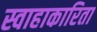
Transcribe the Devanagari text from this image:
स्वाहाकारिता